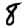
Digit: 8